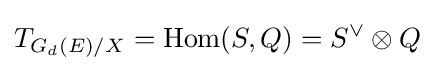
T_{G_{d}(E)/X}=\operatorname {Hom} (S,Q)=S^{\vee }\otimes Q